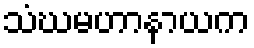
သံဃမဟာနာယက